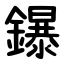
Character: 鑤